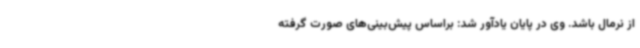
از نرمال باشد. وی در پایان یادآور شد: براساس پیش‌بینی‌های صورت گرفته